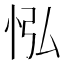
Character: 𢘌